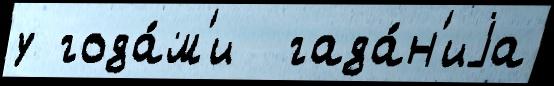
у года́м'и  гада́н'иjа